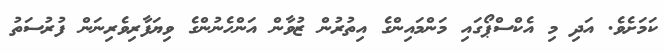
ކަމަށެވެ. އަދި މި އެކްސްޕޯގައި މަންމައިންގެ އިތުރުން ޒުވާން އަންހެނުންގެ ވިޔަފާރިވެރިނަން ފުރުސަތު